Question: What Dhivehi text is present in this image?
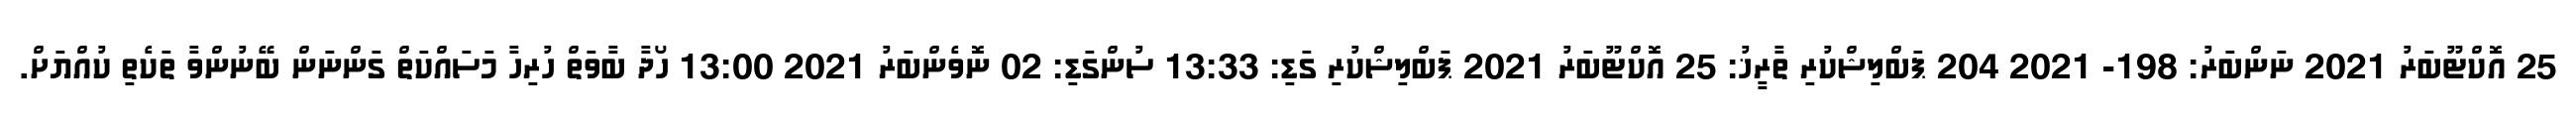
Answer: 25 އޮކްޓޫބަރު 2021 ނަންބަރު: 198- 2021 204 ޕަބްލިޝްކުރި ތާރީޚު: 25 އޮކްޓޫބަރު 2021 ޕަބްލިޝްކުރި ގަޑި: 13:33 ސުންގަޑި: 02 ނޮވެންބަރު 2021 13:00 ހޯދާ ބާވަތް ހުރިހާ މަސައްކަތް ގަންނަން ބޭނުންވާ ތަކެތި ކުއްޔަށް.